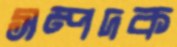
সম্পদক